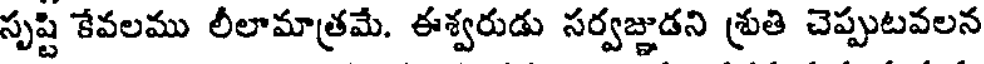
సృష్టి కేవలము లీలామాత్రమే. ఈశ్వరుడు సర్వజ్ఞుడని శ్రుతి చెప్పుటవలన